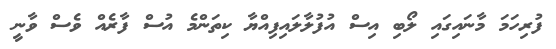
ފުރިހަމަ މާނައިގައި ލޯބި އިސް އުފުލާލައިފިއްޔާ ކިތަންމެ އުސް ފާރެއް ވެސް ވާނީ